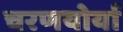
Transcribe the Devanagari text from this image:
चरणयोर्या